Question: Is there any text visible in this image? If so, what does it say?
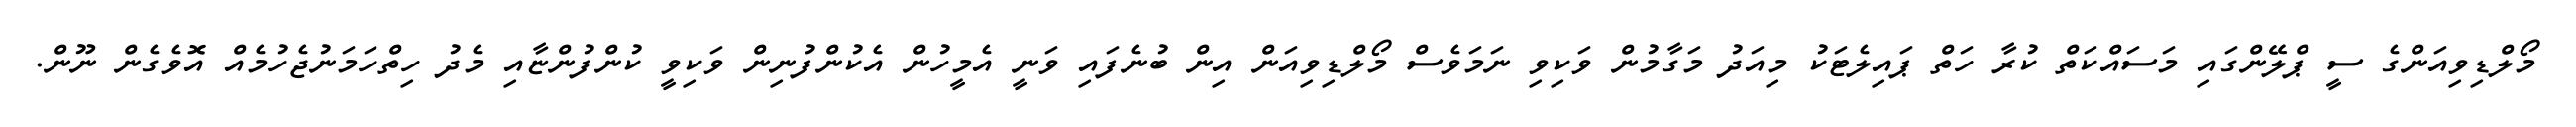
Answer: މޯލްޑިވިއަންގެ ސީ ޕްލޭންގައި މަސައްކަތް ކުރާ ހަތް ޕައިލެޓަކު މިއަދު މަގާމުން ވަކިވި ނަމަވެސް މޯލްޑިވިއަން އިން ބުނެފައި ވަނީ އެމީހުން އެކުންފުނިން ވަކިވީ ކުންފުންޏާއި މެދު ހިތްހަމަނުޖެހުމެއް އޮވެގެން ނޫން.